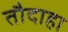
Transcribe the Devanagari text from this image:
तौदाहा